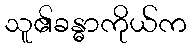
သူ၏ခန္ဓာကိုယ်က